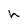
Character: h